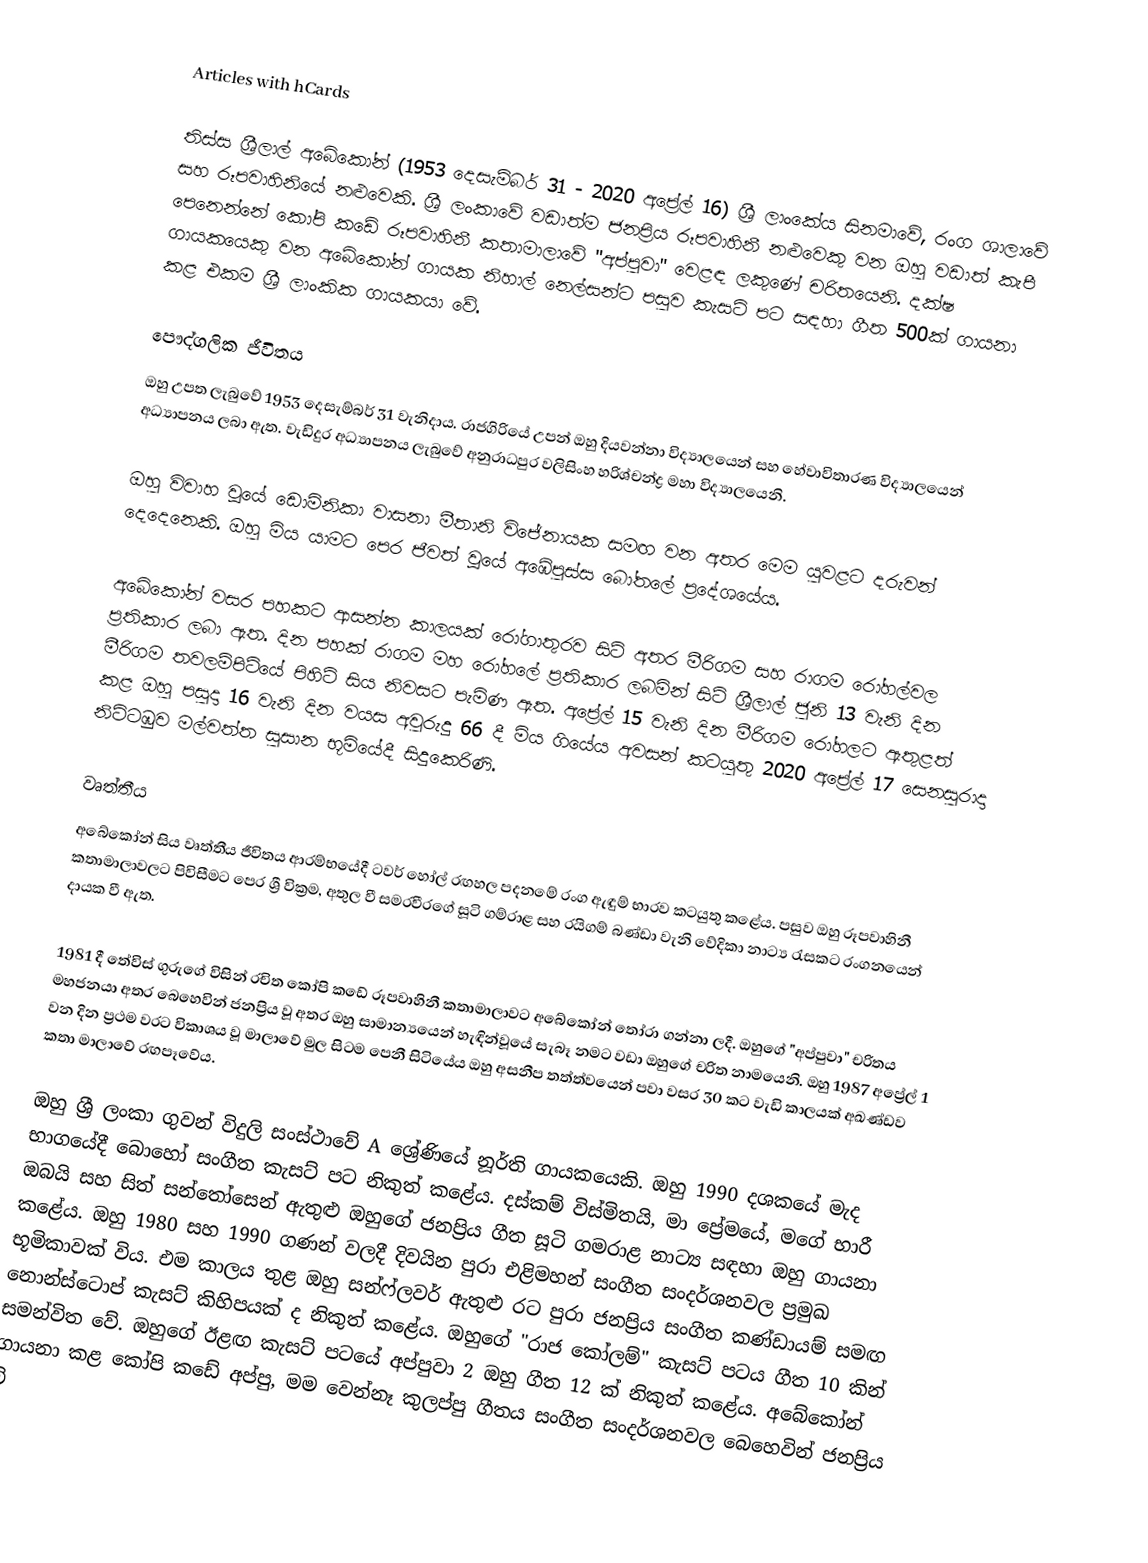
Articles with hCards

තිස්ස ශ්‍රීලාල් අබේකෝන් (1953 දෙසැම්බර් 31 - 2020 අප්‍රේල් 16) ශ්‍රී ලාංකේය සිනමාවේ, රංග ශාලාවේ සහ රූපවාහිනියේ නළුවෙකි. ශ්‍රී ලංකාවේ වඩාත්ම ජනප්‍රිය රූපවාහිනී නළුවෙකු වන ඔහු වඩාත් කැපී පෙනෙන්නේ කෝපි කඩේ රූපවාහිනී කතාමාලාවේ "අප්පුවා" වෙළඳ ලකුණේ චරිතයෙනි. දක්ෂ ගායකයෙකු වන අබේකෝන් ගායක නිහාල් නෙල්සන්ට පසුව කැසට් පට සඳහා ගීත 500ක් ගායනා කළ එකම ශ්‍රී ලාංකික ගායකයා වේ.

පෞද්ගලික ජීවිතය
ඔහු උපත ලැබුවේ 1953 දෙසැම්බර් 31 වැනිදාය.   රාජගිරියේ උපන් ඔහු දියවන්නා විද්‍යාලයෙන් සහ හේවාවිතාරණ විද්‍යාලයෙන් අධ්‍යාපනය ලබා ඇත.  වැඩිදුර අධ්‍යාපනය ලැබුවේ අනුරාධපුර වලිසිංහ හරිශ්චන්ද්‍ර මහා විද්‍යාලයෙනි.

ඔහු විවාහ වූයේ ඩොමිනිකා වාසනා මීතානි විජේනායක සමඟ වන අතර මෙම යුවළට දරුවන් දෙදෙනෙකි. ඔහු මිය යාමට පෙර ජීවත් වූයේ අඹේපුස්ස බෝතලේ ප්‍රදේශයේය.

අබේකෝන් වසර පහකට ආසන්න කාලයක් රෝගාතුරව සිටි අතර මීරිගම සහ රාගම රෝහල්වල ප්‍රතිකාර ලබා ඇත. දින පහක් රාගම මහ රෝහලේ ප්‍රතිකාර ලබමින් සිටි ශ්‍රීලාල් ජුනි 13 වැනි දින මීරිගම තවලම්පිටියේ පිහිටි සිය නිවසට පැමිණ ඇත. අප්‍රේල් 15 වැනි දින මීරිගම රෝහලට ඇතුළත් කළ ඔහු පසුදා 16 වැනි දින වයස අවුරුදු 66 දී මිය ගියේය  අවසන් කටයුතු 2020 අප්‍රේල් 17 සෙනසුරාදා නිට්ටඹුව මල්වත්ත සුසාන භූමියේදී සිදුකෙරිණි.

වෘත්තීය
අබේකෝන් සිය වෘත්තීය ජීවිතය ආරම්භයේදී ටවර් හෝල් රඟහල පදනමේ රංග ඇඳුම් භාරව කටයුතු කළේය. පසුව ඔහු රූපවාහිනී කතාමාලාවලට පිවිසීමට පෙර ශ්‍රී වික්‍රම, අතුල වී සමරවීරගේ සූටි ගම්රාළ සහ රයිගම් බණ්ඩා වැනි වේදිකා නාට්‍ය රැසකට රංගනයෙන් දායක වී ඇත.

1981 දී තේවිස් ගුරුගේ විසින් රචිත කෝපි කඩේ රූපවාහිනී කතාමාලාවට අබේකෝන් තෝරා ගන්නා ලදී. ඔහුගේ "අප්පුවා" චරිතය මහජනයා අතර බෙහෙවින් ජනප්‍රිය වූ අතර ඔහු සාමාන්‍යයෙන් හැඳින්වූයේ සැබෑ නමට වඩා ඔහුගේ චරිත නාමයෙනි. ඔහු 1987 අප්‍රේල් 1 වන දින ප්‍රථම වරට විකාශය වූ මාලාවේ මුල සිටම පෙනී සිටියේය  ඔහු අසනීප තත්ත්වයෙන් පවා වසර 30 කට වැඩි කාලයක් අඛණ්ඩව කතා මාලාවේ රඟපෑවේය.

ඔහු ශ්‍රී ලංකා ගුවන් විදුලි සංස්ථාවේ A ශ්‍රේණියේ නූර්ති ගායකයෙකි.  ඔහු 1990 දශකයේ මැද භාගයේදී බොහෝ සංගීත කැසට් පට නිකුත් කළේය. දස්කම් විස්මිතයි, මා ප්‍රේමයේ, මගේ භාරී ඔබයි සහ සිත් සන්තෝසෙන් ඇතුළු ඔහුගේ ජනප්‍රිය ගීත සූටි ගමරාළ නාට්‍ය සඳහා ඔහු ගායනා කළේය.  ඔහු 1980 සහ 1990 ගණන් වලදී දිවයින පුරා එළිමහන් සංගීත සංදර්ශනවල ප්‍රමුඛ භූමිකාවක් විය. එම කාලය තුළ ඔහු සන්ෆ්ලවර් ඇතුළු රට පුරා ජනප්‍රිය සංගීත කණ්ඩායම් සමඟ නොන්ස්ටොප් කැසට් කිහිපයක් ද නිකුත් කළේය. ඔහුගේ "රාජ කෝලම්" කැසට් පටය ගීත 10 කින් සමන්විත වේ.  ඔහුගේ ඊළඟ කැසට් පටයේ අප්පුවා 2 ඔහු ගීත 12 ක් නිකුත් කළේය.  අබේකෝන් ගායනා කළ කෝපි කඩේ අප්පු, මම වෙන්නෑ කුලප්පු ගීතය සංගීත සංදර්ශනවල බෙහෙවින් ජනප්‍රිය වි